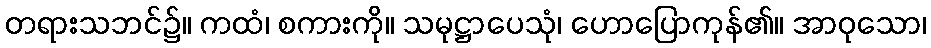
တရားသဘင်၌။ ကထံ၊ စကားကို။ သမုဋ္ဌာပေသုံ၊ ဟောပြောကုန်၏။ အာဝုသော၊